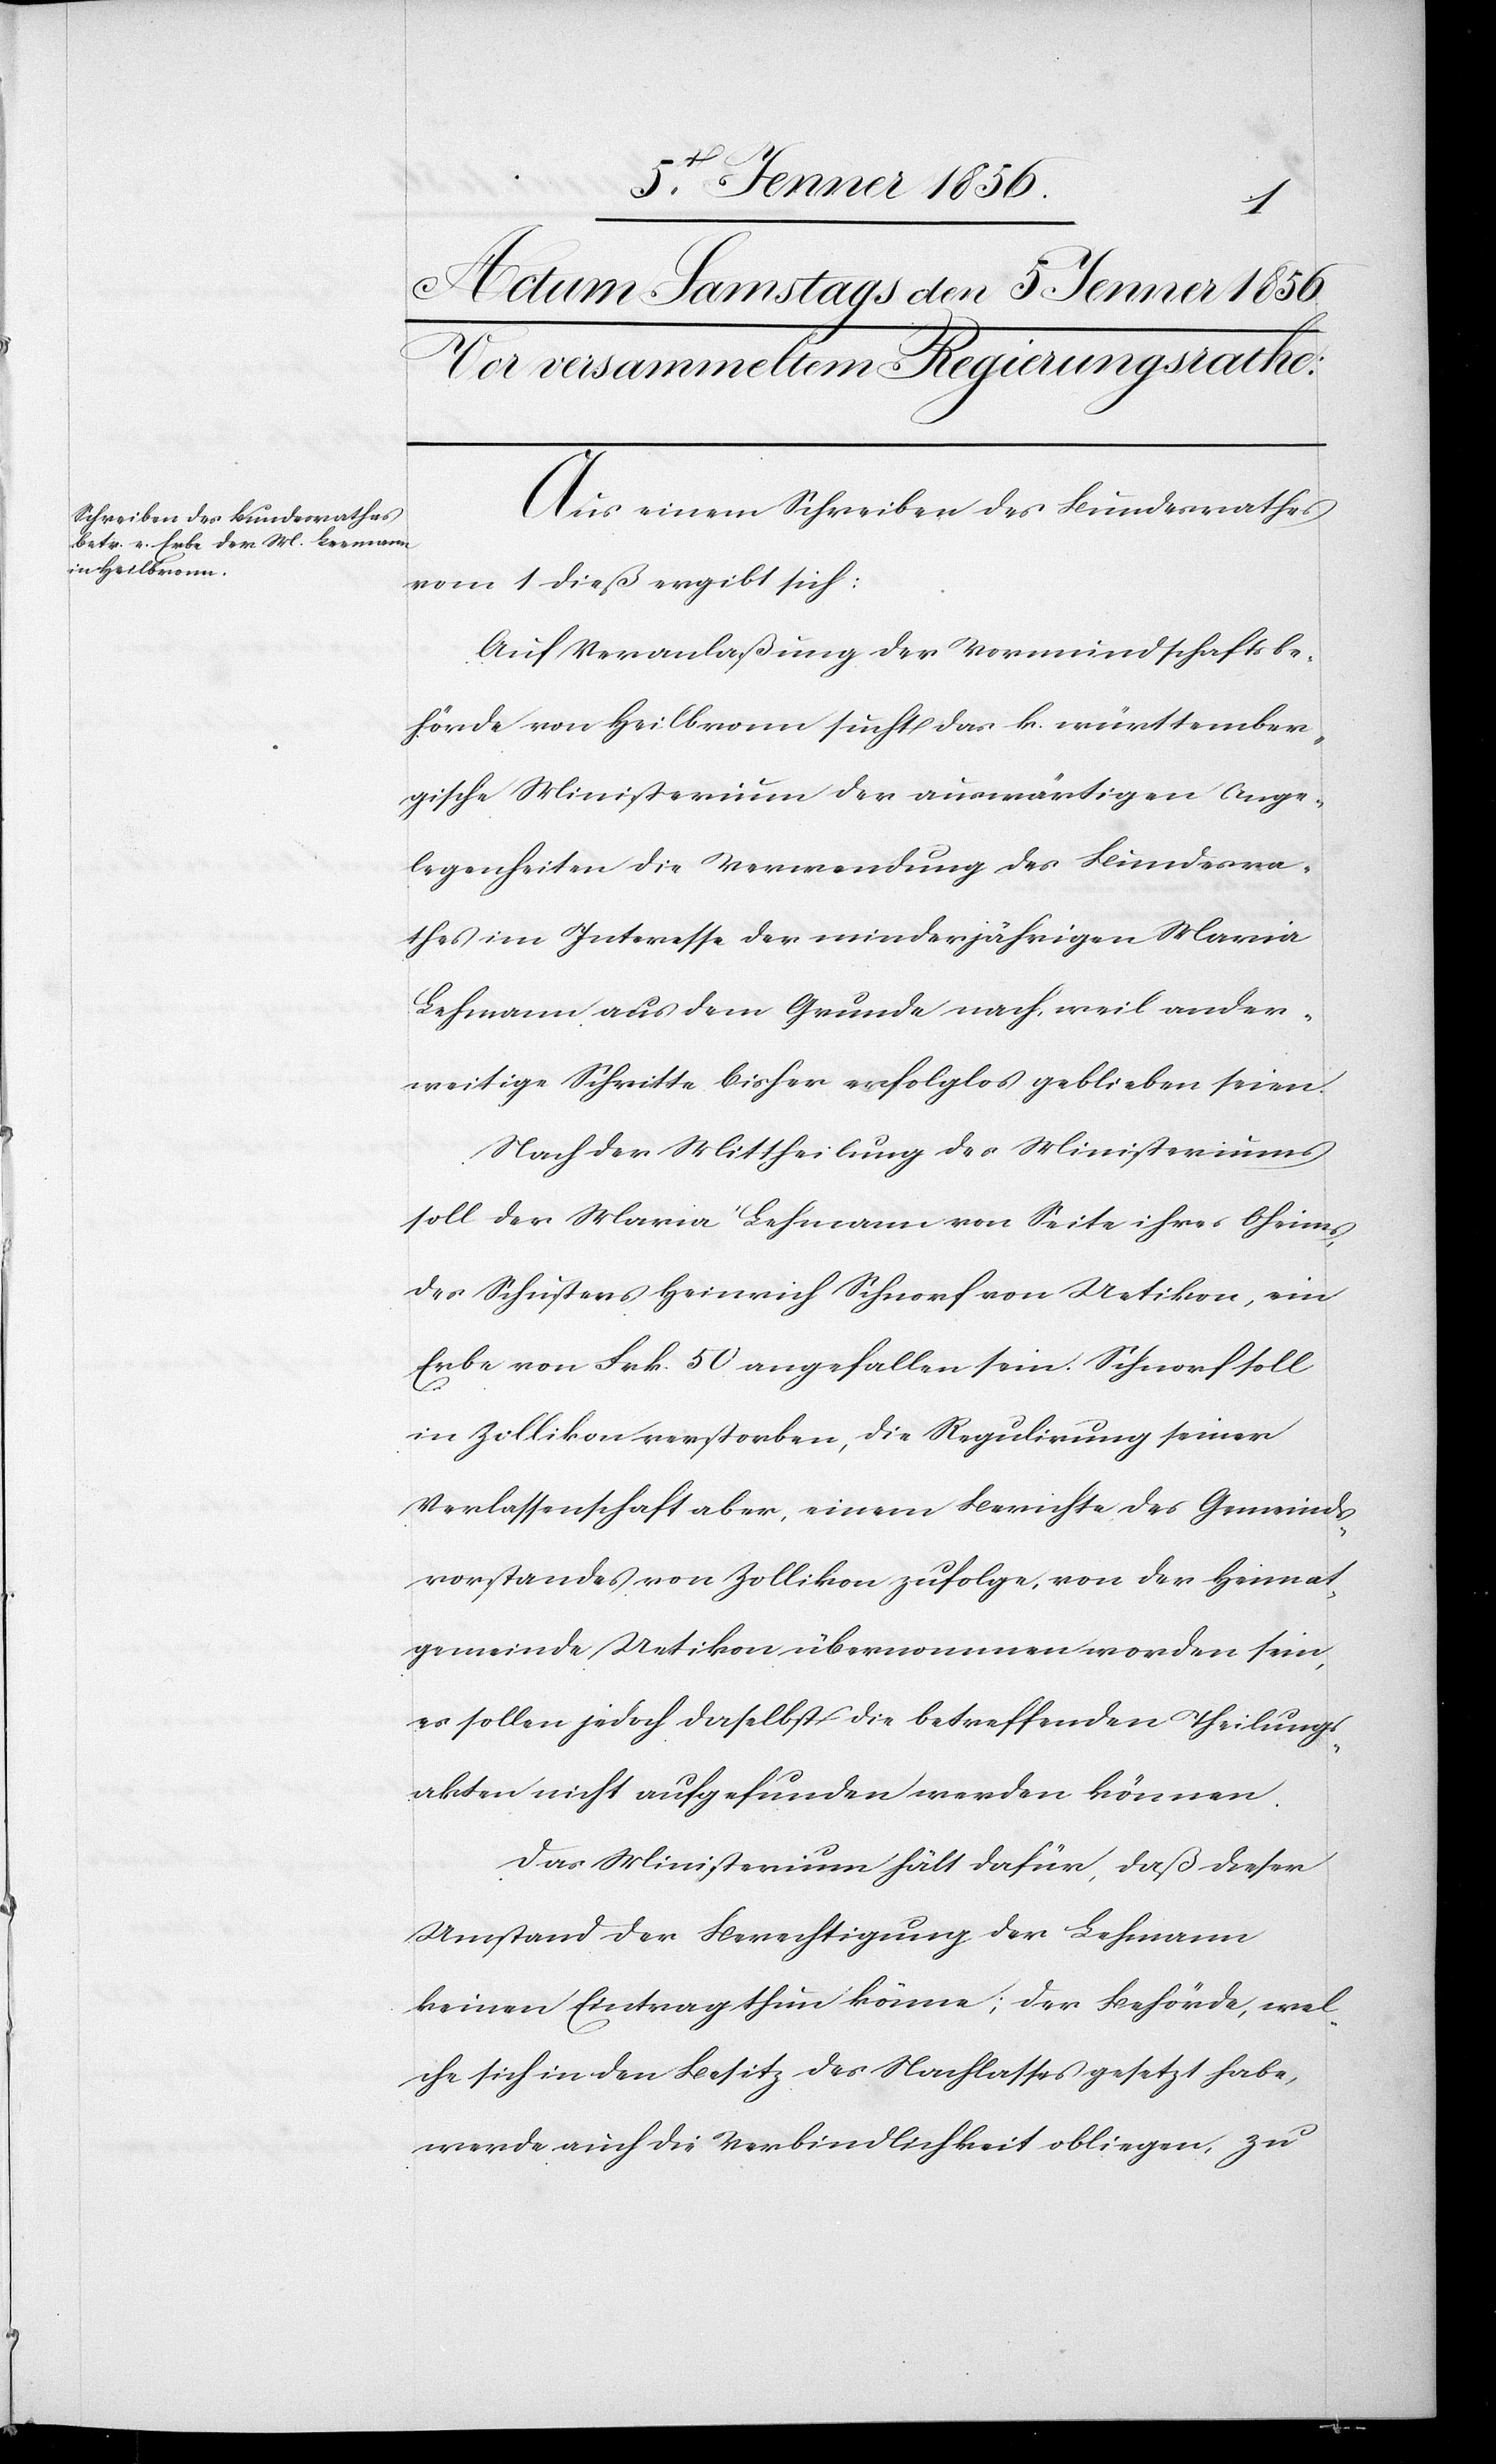
Aus einem Schreiben des Bundesrathes
vom 1 dieß ergibt sich:
Auf Veranlaßung der Vormundschaftsbe¬
hörde von Heilbronn sucht das b. württember¬
gische Ministerium der auswärtigen Ange¬
legenheiten die Verwendung des Bundesra¬
thes im Interesse der minderjährigen Maria
Lehmann [sic!] aus dem Grunde nach, weil ander¬
weitige Schritte bisher erfolglos geblieben seien.
Nach der Mittheilung des Ministeriums
soll der Maria Lehmann von Seite ihres Oheims,
des Schusters Heinrich Schnorf von Uetikon, ein
Erbe von Frk. 50 angefallen sein. Schnorf soll
in Zollikon verstorben, die Regulirung seiner
Verlassenschaft aber, einem Berichte des Gemeinds¬
vorstandes von Zollikon zufolge, von der Heimat¬
gemeinde Uetikon übernommen worden sein,
es sollen jedoch daselbst die betreffenden Theilungs¬
akten nicht aufgefunden werden können.
Das Ministerium hält dafür, daß dieser
Umstand der Berechtigung der Lehmann
keinen Eintrag thun könne; der Behörde, wel¬
che sich in den Besitz des Nachlasses gesetzt habe,
werde auch die Verbindlichkeit obliegen, zu